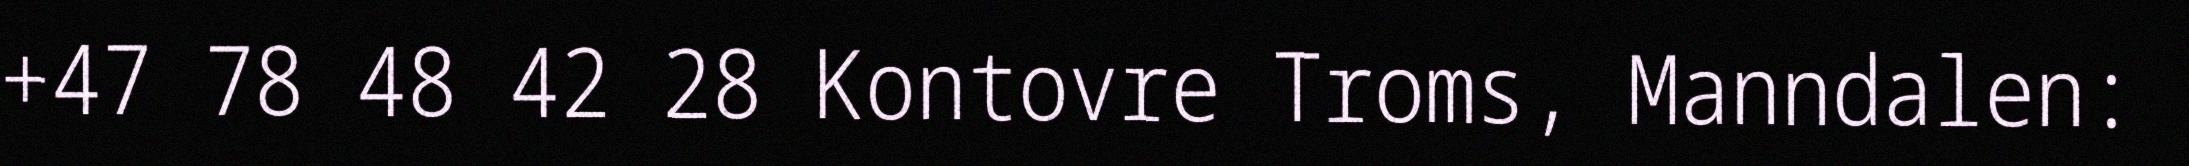
+47 78 48 42 28 Kontovre Troms, Manndalen: